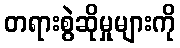
တရားစွဲဆိုမှုများကို